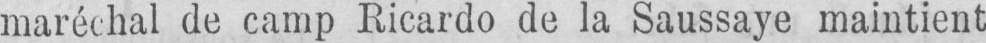
maréchal de camp Ricardo de la Saussaye maintient